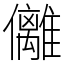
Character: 㒧